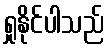
ရှုနိုင်ပါသည်